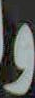
و